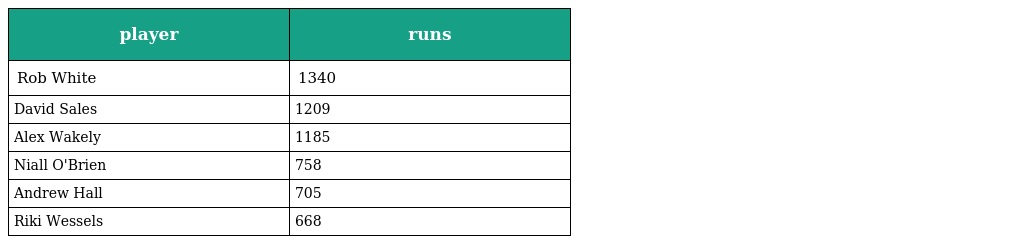
| player | runs |
 | --- | --- |
 | Rob White | 1340 |
 | David Sales | 1209 |
 | Alex Wakely | 1185 |
 | Niall O'Brien | 758 |
 | Andrew Hall | 705 |
 | Riki Wessels | 668 |